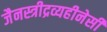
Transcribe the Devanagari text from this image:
जैनस्त्रीद्रव्यहीनेसी